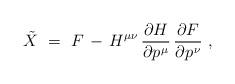
LaTeX: \begin{align*} \tilde{X}~=~F \, - \, H^{\mu\nu} \, \frac{\partial H}{\partial p\>\!^\mu} \, \frac{\partial F}{\partial p\>\!^\nu}~, \end{align*}